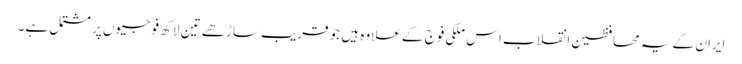
ایران کے یہ محافظین انقلاب اس ملکی فوج کے علاوہ ہیں جو قریب ساڑھے تین لاکھ فوجیوں پر مشتمل ہے۔